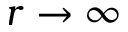
r \rightarrow \infty